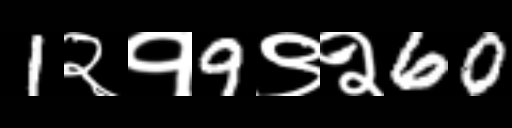
Text: 1२१9९२60